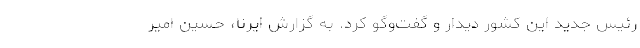
رئیس جدید این کشور دیدار و گفت‌وگو کرد. به گزارش ایرنا، حسین امیر